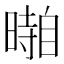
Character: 𱢥